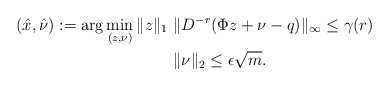
\begin{align*}(\hat{x},\hat{\nu}) := \arg\min\limits_{(z,\nu)}\|z\|_1 \ & \|D^{-r}(\Phi z+\nu-q )\|_\infty \leq \gamma(r) \\ & \|\nu\|_2\leq \epsilon \sqrt m.\end{align*}